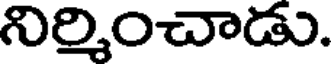
నిర్మించాడు.